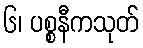
၆၊ ပစ္စနီကသုတ်